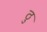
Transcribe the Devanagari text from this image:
ठु